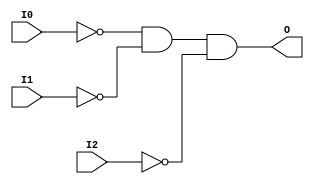
// $Header: /devl/xcs/repo/env/Databases/CAEInterfaces/verunilibs/data/uni9000/AND3B3.v,v 1.4 2007/05/23 20:04:50 patrickp Exp $
///////////////////////////////////////////////////////////////////////////////
// Copyright (c) 1995/2004 Xilinx, Inc.
// All Right Reserved.
///////////////////////////////////////////////////////////////////////////////
//   ____  ____
//  /   /\/   /
// /___/  \  /    Vendor : Xilinx
// \   \   \/     Version : 7.1i (H.19)
//  \   \         Description : Xilinx Functional Simulation Library Component
//  /   /                  3-input AND Gate
// /___/   /\     Filename : AND3B3.v
// \   \  /  \    Timestamp : Thu Mar 25 16:41:28 PST 2004
//  \___\/\___\
//
// Revision:
//    03/23/04 - Initial version.
//    05/23/07 - Added wire declaration for internal signals.
//    05/23/07 - Changed timescale to 1 ps / 1 ps.

`timescale  1 ps / 1 ps

`celldefine

module AND3B3 (O, I0, I1, I2);


    output O;

    input  I0, I1, I2;

    wire i0_inv;
    wire i1_inv;
    wire i2_inv;

    not N2 (i2_inv, I2);
    not N1 (i1_inv, I1);
    not N0 (i0_inv, I0);
    and A1 (O, i0_inv, i1_inv, i2_inv);

    specify
	(I0 *> O) = (0, 0);
	(I1 *> O) = (0, 0);
	(I2 *> O) = (0, 0);
    endspecify

endmodule

`endcelldefine